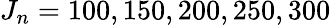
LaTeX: J_{n}=100,150,200,250,300